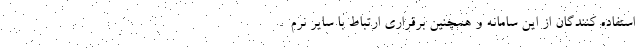
استفاده کنندگان از این سامانه و همچنین برقراری ارتباط با سایر نرم